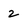
Character: 2